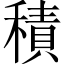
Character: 積